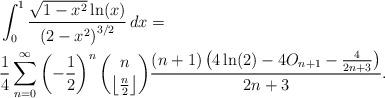
LaTeX: \begin{align*} & \int_0^1 \frac{\sqrt{1-x^2} \ln (x)}{\left(2-x^2\right)^{3/2}} \, dx = \\ & \frac{1}{4} \sum _{n = 0}^{\infty } \left(-\frac{1}{2}\right)^n \binom{n}{\left\lfloor \frac{n}{2}\right\rfloor } \frac{ (n+1) \left(4 \ln (2)-4 O_{n+1} -\frac{4}{2 n+3}\right)}{2 n+3}. \end{align*}